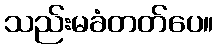
သည်းမခံတတ်ပေ။